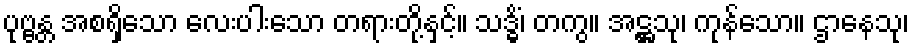
ပုဗ္ဗန္တ အစရှိသော လေးပါးသော တရားတို့နှင့်။ သဒ္ဓိံ၊ တကွ။ အဋ္ဌသု၊ ကုန်သော။ ဌာနေသု၊